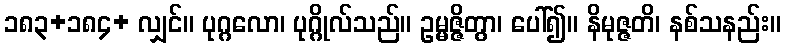
၁၈၃+၁၈၄+ လျှင်။ ပုဂ္ဂလော၊ ပုဂ္ဂိုလ်သည်။ ဥမ္မဇ္ဇိတွာ၊ ပေါ်၍။ နိမုဇ္ဇတိ၊ နစ်သနည်း။